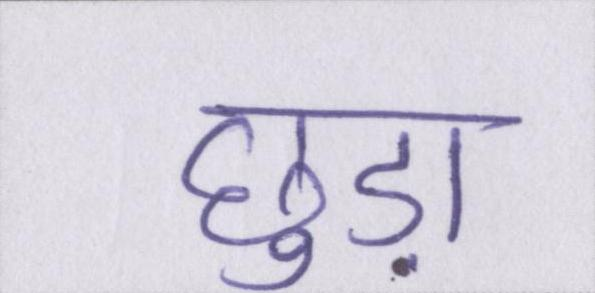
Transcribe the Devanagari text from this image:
छुड़ा